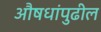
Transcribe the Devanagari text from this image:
औषधांपुढील